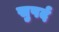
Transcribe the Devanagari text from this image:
सुपर्द